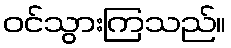
ဝင်သွားကြသည်။